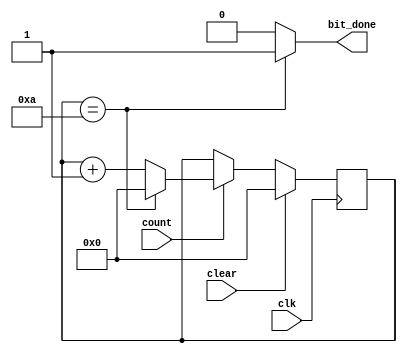
module counter (clk, clear, count, bit_done);
input clk;
input clear;
input count;
output bit_done;
//bit counter with clk, clear, count inputs 
//a bit_done signal as output

//assign the variables to hold the present count values and next values
//assign the variable to hold the bot_done value
reg bit_done;
reg [4:0] p_cnt, n_cnt;

//Set the parameter total 10 bits to count to
parameter no_bit=4'b1010;

//The sequential code to synthesise the latches
always @(posedge clk)
	begin
		if (clear)
			//clear
			p_cnt <=5'b0;	
		else
			p_cnt <= n_cnt;
	end
  
//The combinational code to perform the bit counter it required
always @ (p_cnt, count)  
	begin
		//specify the defaults
		bit_done = 1'b0;
		n_cnt = p_cnt;
		
		//if it counts 10, the bit_done signal will be generated
		if (p_cnt == no_bit)
			bit_done = 1'b1;
		if(count)
			begin
				if(p_cnt == no_bit)
					begin
						//the bit_done signal has been generated then clear
						n_cnt = 1'b0;
					end
				else
					begin
						//count
						n_cnt = p_cnt+1'b1;
					end
			end
	end
endmodule